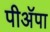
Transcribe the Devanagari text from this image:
पीअॅपा